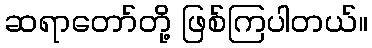
ဆရာတော်တို့ ဖြစ်ကြပါတယ်။